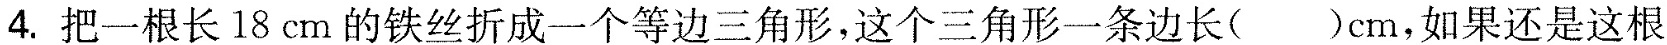
4.把一根长18cm的铁丝折成一个等边三角形，这个三角形一条边长( )cm，如果还是这根